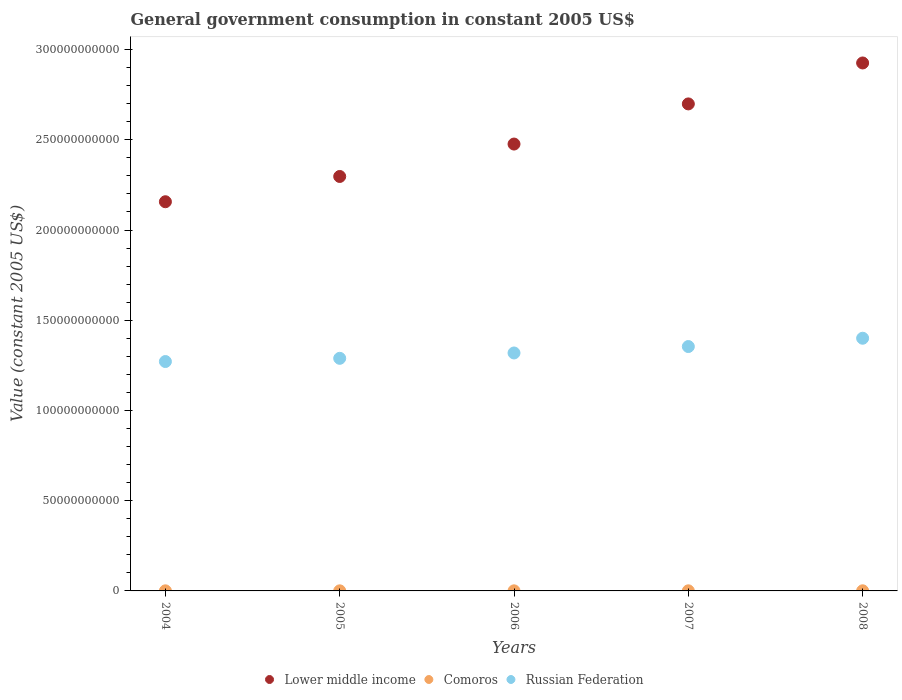
| Years | Lower middle income | Comoros | Russian Federation |
 | --- | --- | --- | --- |
 | 2004 | 2.16e+11 | 5.04e+07 | 1.27e+11 |
 | 2005 | 2.3e+11 | 4.92e+07 | 1.29e+11 |
 | 2006 | 2.48e+11 | 4.92e+07 | 1.32e+11 |
 | 2007 | 2.7e+11 | 5.63e+07 | 1.35e+11 |
 | 2008 | 2.93e+11 | 7.03e+07 | 1.4e+11 |